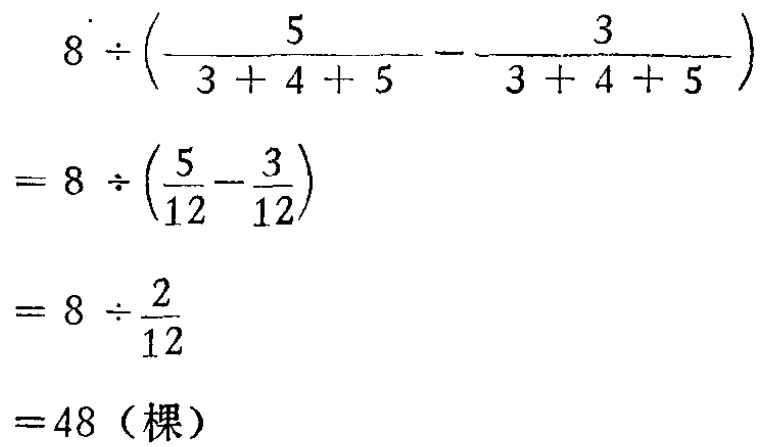
\[

\begin{align*}

&8\div(\frac{5}{3 + 4 + 5}-\frac{3}{3 + 4 + 5})\\

=&8\div(\frac{5}{12}-\frac{3}{12})\\

=&8\div\frac{2}{12}\\

=&48（棵）

\end{align*}

\]